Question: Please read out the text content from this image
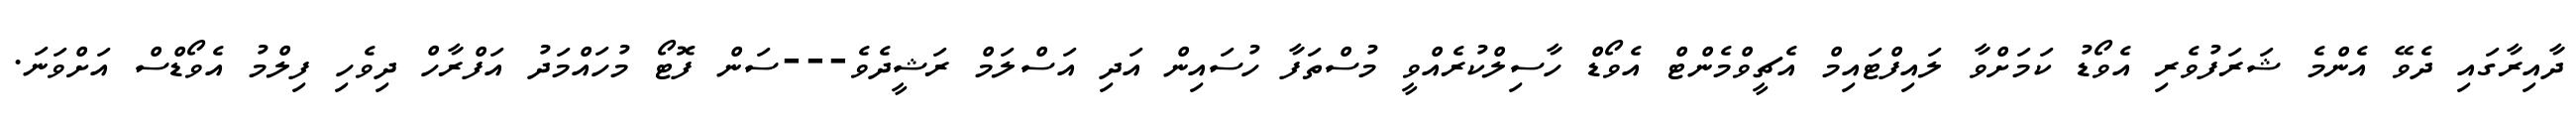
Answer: ދާއިރާގައި ދެވޭ އެންމެ ޝަރަފުވެރި އެވޯޑު ކަމަށްވާ ލައިފްޓައިމް އެޗީވްމެންޓް އެވޯޑް ހާސިލްކުރެއްވީ މުސްތަފާ ހުސައިން އަދި އަސްލަމް ރަޝީދެވެ---ސަން ފޮޓޯ މުހައްމަދު އަފްރާހް ދިވެހި ފިލްމު އެވޯޑްސް އަށްވަނަ.